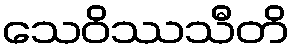
သေဝိဿသီတိ